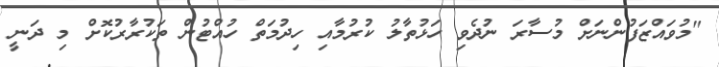
"މުވައްޒަފުންނަށް މުސާރަ ނުދެވި ހަޅުތާލު ކުރުމާއި ހިދުމަތް ހުއްޓުން ތަކުރާރުކޮށް މި ދަނީ